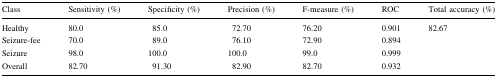
<table><thead><tr><td><b>Class</b></td><td><b>Sensitivity (%)</b></td><td><b>Specificity (%)</b></td><td><b>Precision (%)</b></td><td><b>F-measure (%)</b></td><td><b>ROC</b></td><td><b>Total accuracy (%)</b></td></tr></thead><tbody><tr><td>Healthy</td><td>80.0</td><td>85.0</td><td>72.70</td><td>76.20</td><td>0.901</td><td rowspan="4">82.67</td></tr><tr><td>Seizure-fee</td><td>70.0</td><td>89.0</td><td>76.10</td><td>72.90</td><td>0.894</td></tr><tr><td>Seizure</td><td>98.0</td><td>100.0</td><td>100.0</td><td>99.0</td><td>0.999</td></tr><tr><td>Overall</td><td>82.70</td><td>91.30</td><td>82.90</td><td>82.70</td><td>0.932</td></tr></tbody></table>